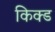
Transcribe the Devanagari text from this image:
किक्ड